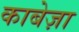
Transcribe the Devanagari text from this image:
काबेज़ा